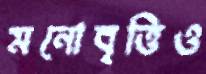
মনোবৃত্তিও